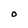
Character: 0